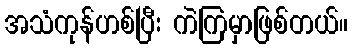
အသံကုန်ဟစ်ပြီး ကဲကြမှာဖြစ်တယ်။